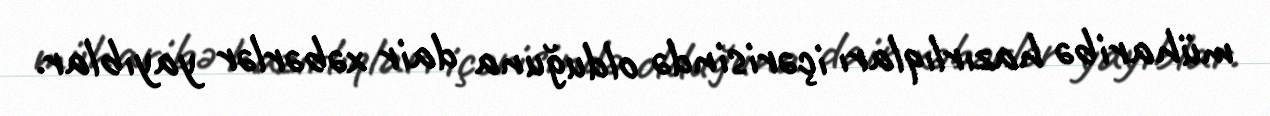
müharibə hazırlıqları içərisində olduğuna dair xəbərlər yayıblar.